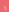
و